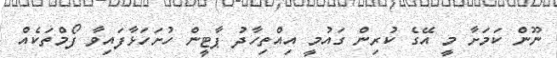
ނޫން ކަމަށާ މީ އޭގެ ކުރިން ގައުމީ އިއްތިހާދު ޕާޓީން ހުށަހަޅާފައިވާ ފޯމްތަކެއް